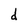
Character: d